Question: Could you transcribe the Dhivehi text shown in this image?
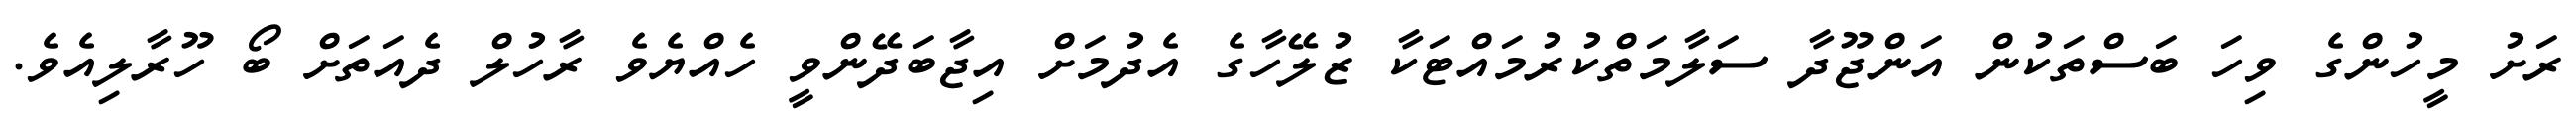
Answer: ރަށު މީހުންގެ ވިހަ ބަސްތަކުން އަންޖޫދާ ސަލާމަތްކުރުމައްޓަކާ ޒުލޭހާގެ އެދުމަށް އިޖާބަދޭންވީ ހެއްޔެވެ ރާހުލް ދެއަތަށް ބޯ ހޫރާލިއެވެ.